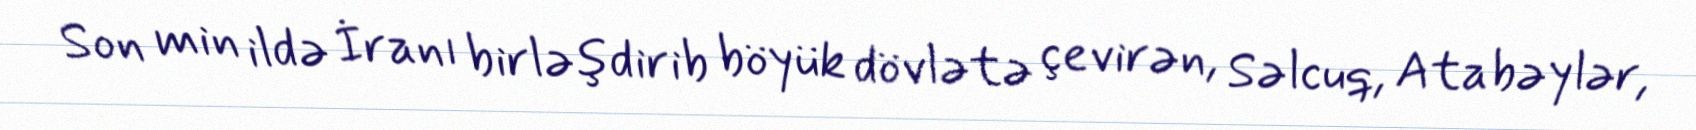
Son min ildə İranı birləşdirib böyük dövlətə çevirən, Səlcuq, Atabəylər,